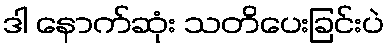
ဒါ နောက်ဆုံး သတိပေးခြင်းပဲ